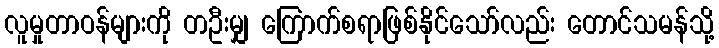
လူမှုတာဝန်များကို တဦးမျှ ကြောက်စရာဖြစ်နိုင်သော်လည်း တောင်သမန်သို့